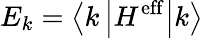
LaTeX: E_{k}=\left\langle k\left|H^{\mathrm{eff}}\right|k\right\rangle